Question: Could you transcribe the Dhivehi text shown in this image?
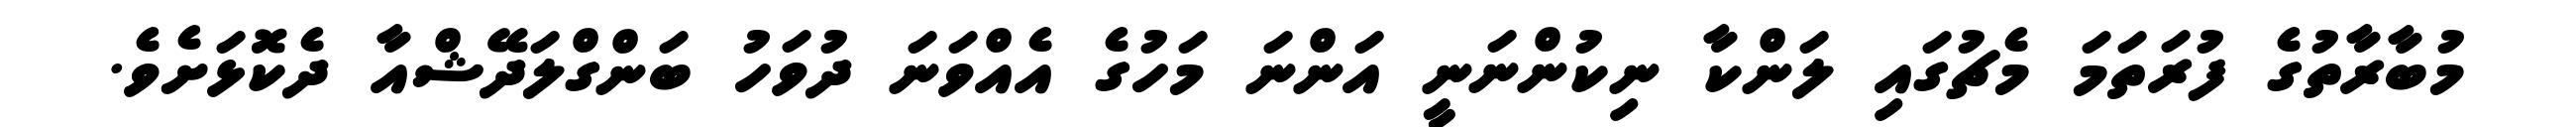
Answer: މުބާރާތުގެ ފުރަތަމަ މެޗުގައި ލަންކާ ނިކުންނަނީ އަންނަ މަހުގެ އެއްވަނަ ދުވަހު ބަންގްލަދޭޝްއާ ދެކޮޅަށެވެ.